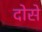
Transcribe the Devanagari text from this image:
दोसे